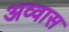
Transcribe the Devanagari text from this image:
अव्वास